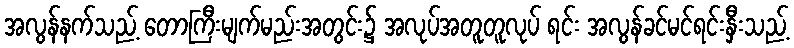
အလွန်နက်သည့် တောကြီးမျက်မည်းအတွင်း၌ အလုပ်အတူတူလုပ် ရင်း အလွန်ခင်မင်ရင်းနှီးသည့်